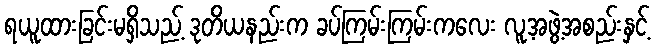
ရယူထားခြင်းမရှိသည့် ဒုတိယနည်းက ခပ်ကြမ်းကြမ်းကလေး လူ့အဖွဲ့အစည်းနှင့်